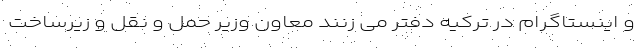
و اینستاگرام در ترکیه دفتر می زنند معاون وزیر حمل و نقل و زیرساخت